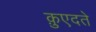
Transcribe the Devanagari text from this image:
क़ुएदते